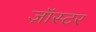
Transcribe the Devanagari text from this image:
ज़ॉस्टर